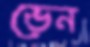
ভেন